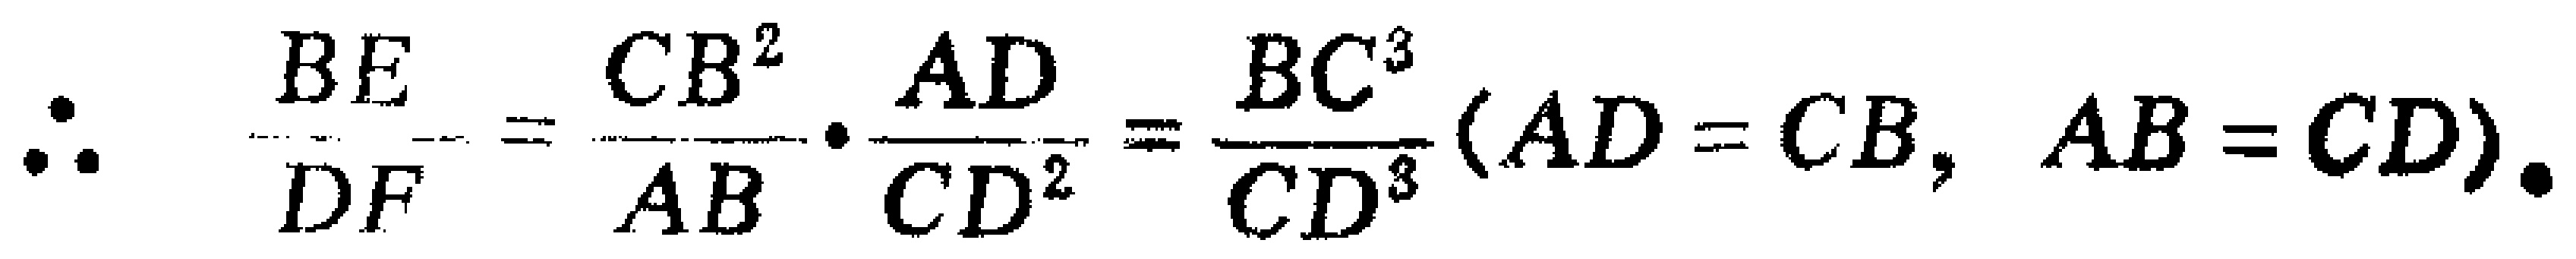
\(\therefore \frac{BE}{DF}=\frac{CB^{2}}{AB}\cdot\frac{AD}{CD^{2}}=\frac{BC^{3}}{CD^{3}}(AD = CB, AB = CD).\)